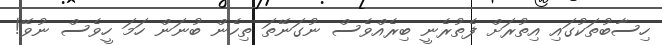
ހިސާބުތަކުގައި އިތުރަށް ފެތުރެނީ ބިރެއްވެސް ނުގަނޭތަ ތިހެން ބުނަން ހަމަ ހީވެސް ނުވޭ!